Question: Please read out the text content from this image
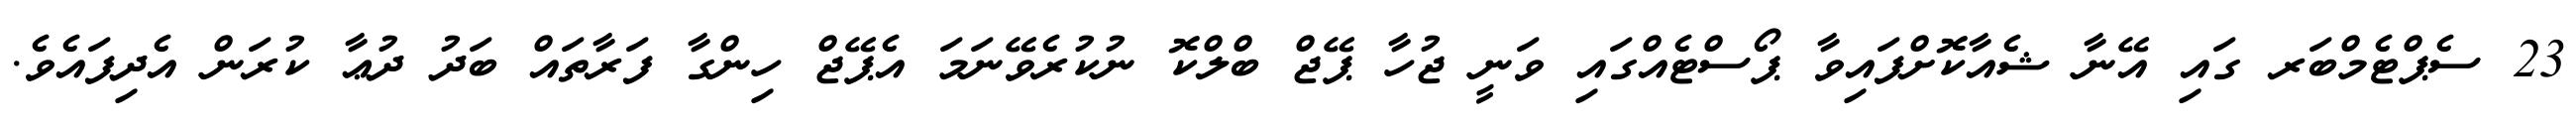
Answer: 23 ސެޕްޓެމްބަރ ގައި އޭނާ ޝެއާކޮށްފައިވާ ޕޯސްޓެއްގައި ވަނީ ޖުހާ ޕޭޖް ބްލްކޮ ނުކުރެވޭނަމަ އެޕޭޖް ހިންގާ ފަރާތައް ބަދު ދުޢާ ކުރަން އެދިފައެވެ.